Scottish Leaving Certificate Examination, 1952
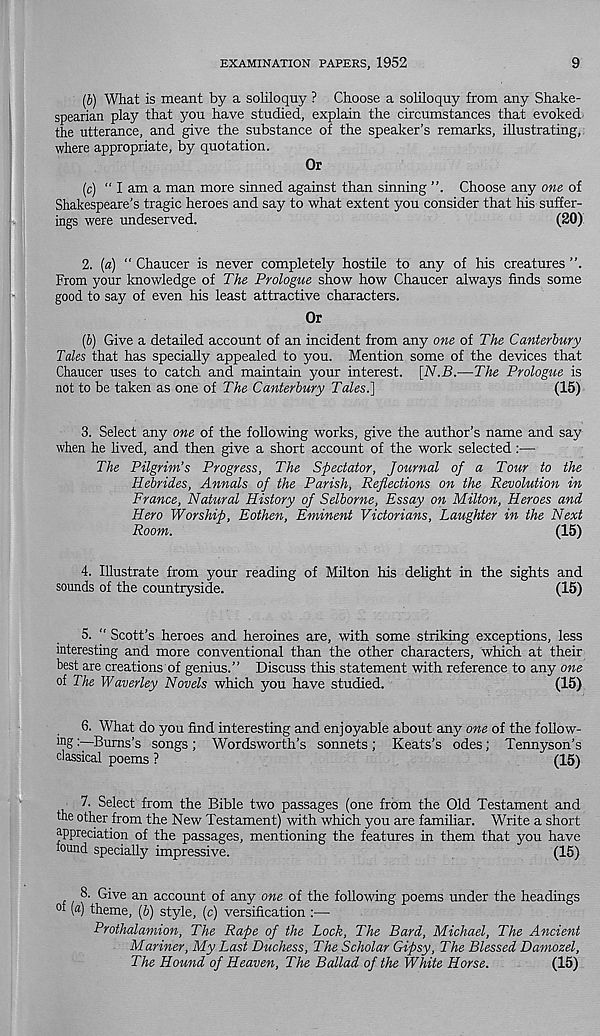
EXAMINATION PAPERS, 1952
9
(b) What is meant by a soliloquy ? Choose a soliloquy from any Shake-
spearian play that you have studied, explain the circumstances that evoked
the utterance, and give the substance of the speaker’s remarks, illustrating,
where appropriate, by quotation.
Or
(c) “ I am a man more sinned against than sinning
Choose any one of
Shakespeare’s tragic heroes and say to what extent you consider that his suffer-
ings were undeserved.
(20)
2. (a) “ Chaucer is never completely hostile to any of his creatures ”.
From your knowledge of The Prologue show how Chaucer always finds some
good to say of even his least attractive characters.
Or
(b) Give a detailed account of an incident from any one of The Canterbury
Tales that has specially appealed to you. Mention some of the devices that
Chaucer uses to catch and maintain your interest. [N.B.—The Prologue is
not to be taken as one of The Canterbury Tales.]
(15)
3. Select any one of the following works, give the author’s name and say
when he lived, and then give a short account of the work selected:—
The Pilgrim’s Progress, The Spectator, Journal of a Tour to the
Hebrides, Annals of the Parish, Reflections on the Revolution in
France, Natural History of Selborne, Essay on Milton, Heroes and
Hero Worship, Eothen, Eminent Victorians, Laughter in the Next
Room.
(15)
4. Illustrate from your reading of Milton his delight in the sights and
sounds of the countryside.
(15)
5. “ Scott’s heroes and heroines are, with some striking exceptions, less
interesting and more conventional than the other characters, which at their
best are creations of genius.” Discuss this statement with reference to any one
of The Waverley Novels which you have studied.
(15)
6. What do you find interesting and enjoyable about any one of the follow-
ing Burns’s songs ; Wordsworth’s sonnets; Keats’s odes; Tennyson’s
classical poems ?
(15)
7. Select from the Bible two passages (one from the Old Testament and
the other from the New Testament) with which you are familiar. Write a short
appreciation of the passages, mentioning the features in them that you have
tound specially impressive.
(15)
8. Give an account of any one of the following poems under the headings
(«) theme, (b) style, (c) versification :—
Prothalamion, The Rape of the Lock, The Bard, Michael, The Ancient
Mariner, My Last Duchess, The Scholar Gipsy, The Blessed Damozel,
The Hound of Heaven, The Ballad of the White Horse.
(15)